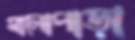
মালোপাড়া